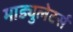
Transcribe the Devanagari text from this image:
माड्युलेटर्स